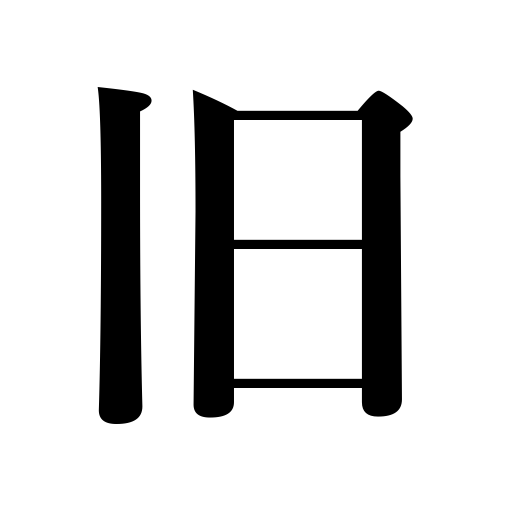
Meanings: old calendar,former,old friend,old things,ex,old times